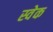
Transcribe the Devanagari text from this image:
स्वेक